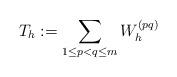
LaTeX: \begin{align*} T_h := \sum_{1 \leq p < q \leq m} W_h^{(pq)}\end{align*}